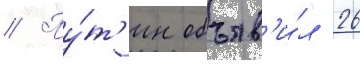
// Пу́т'ин объяв'и́л 26